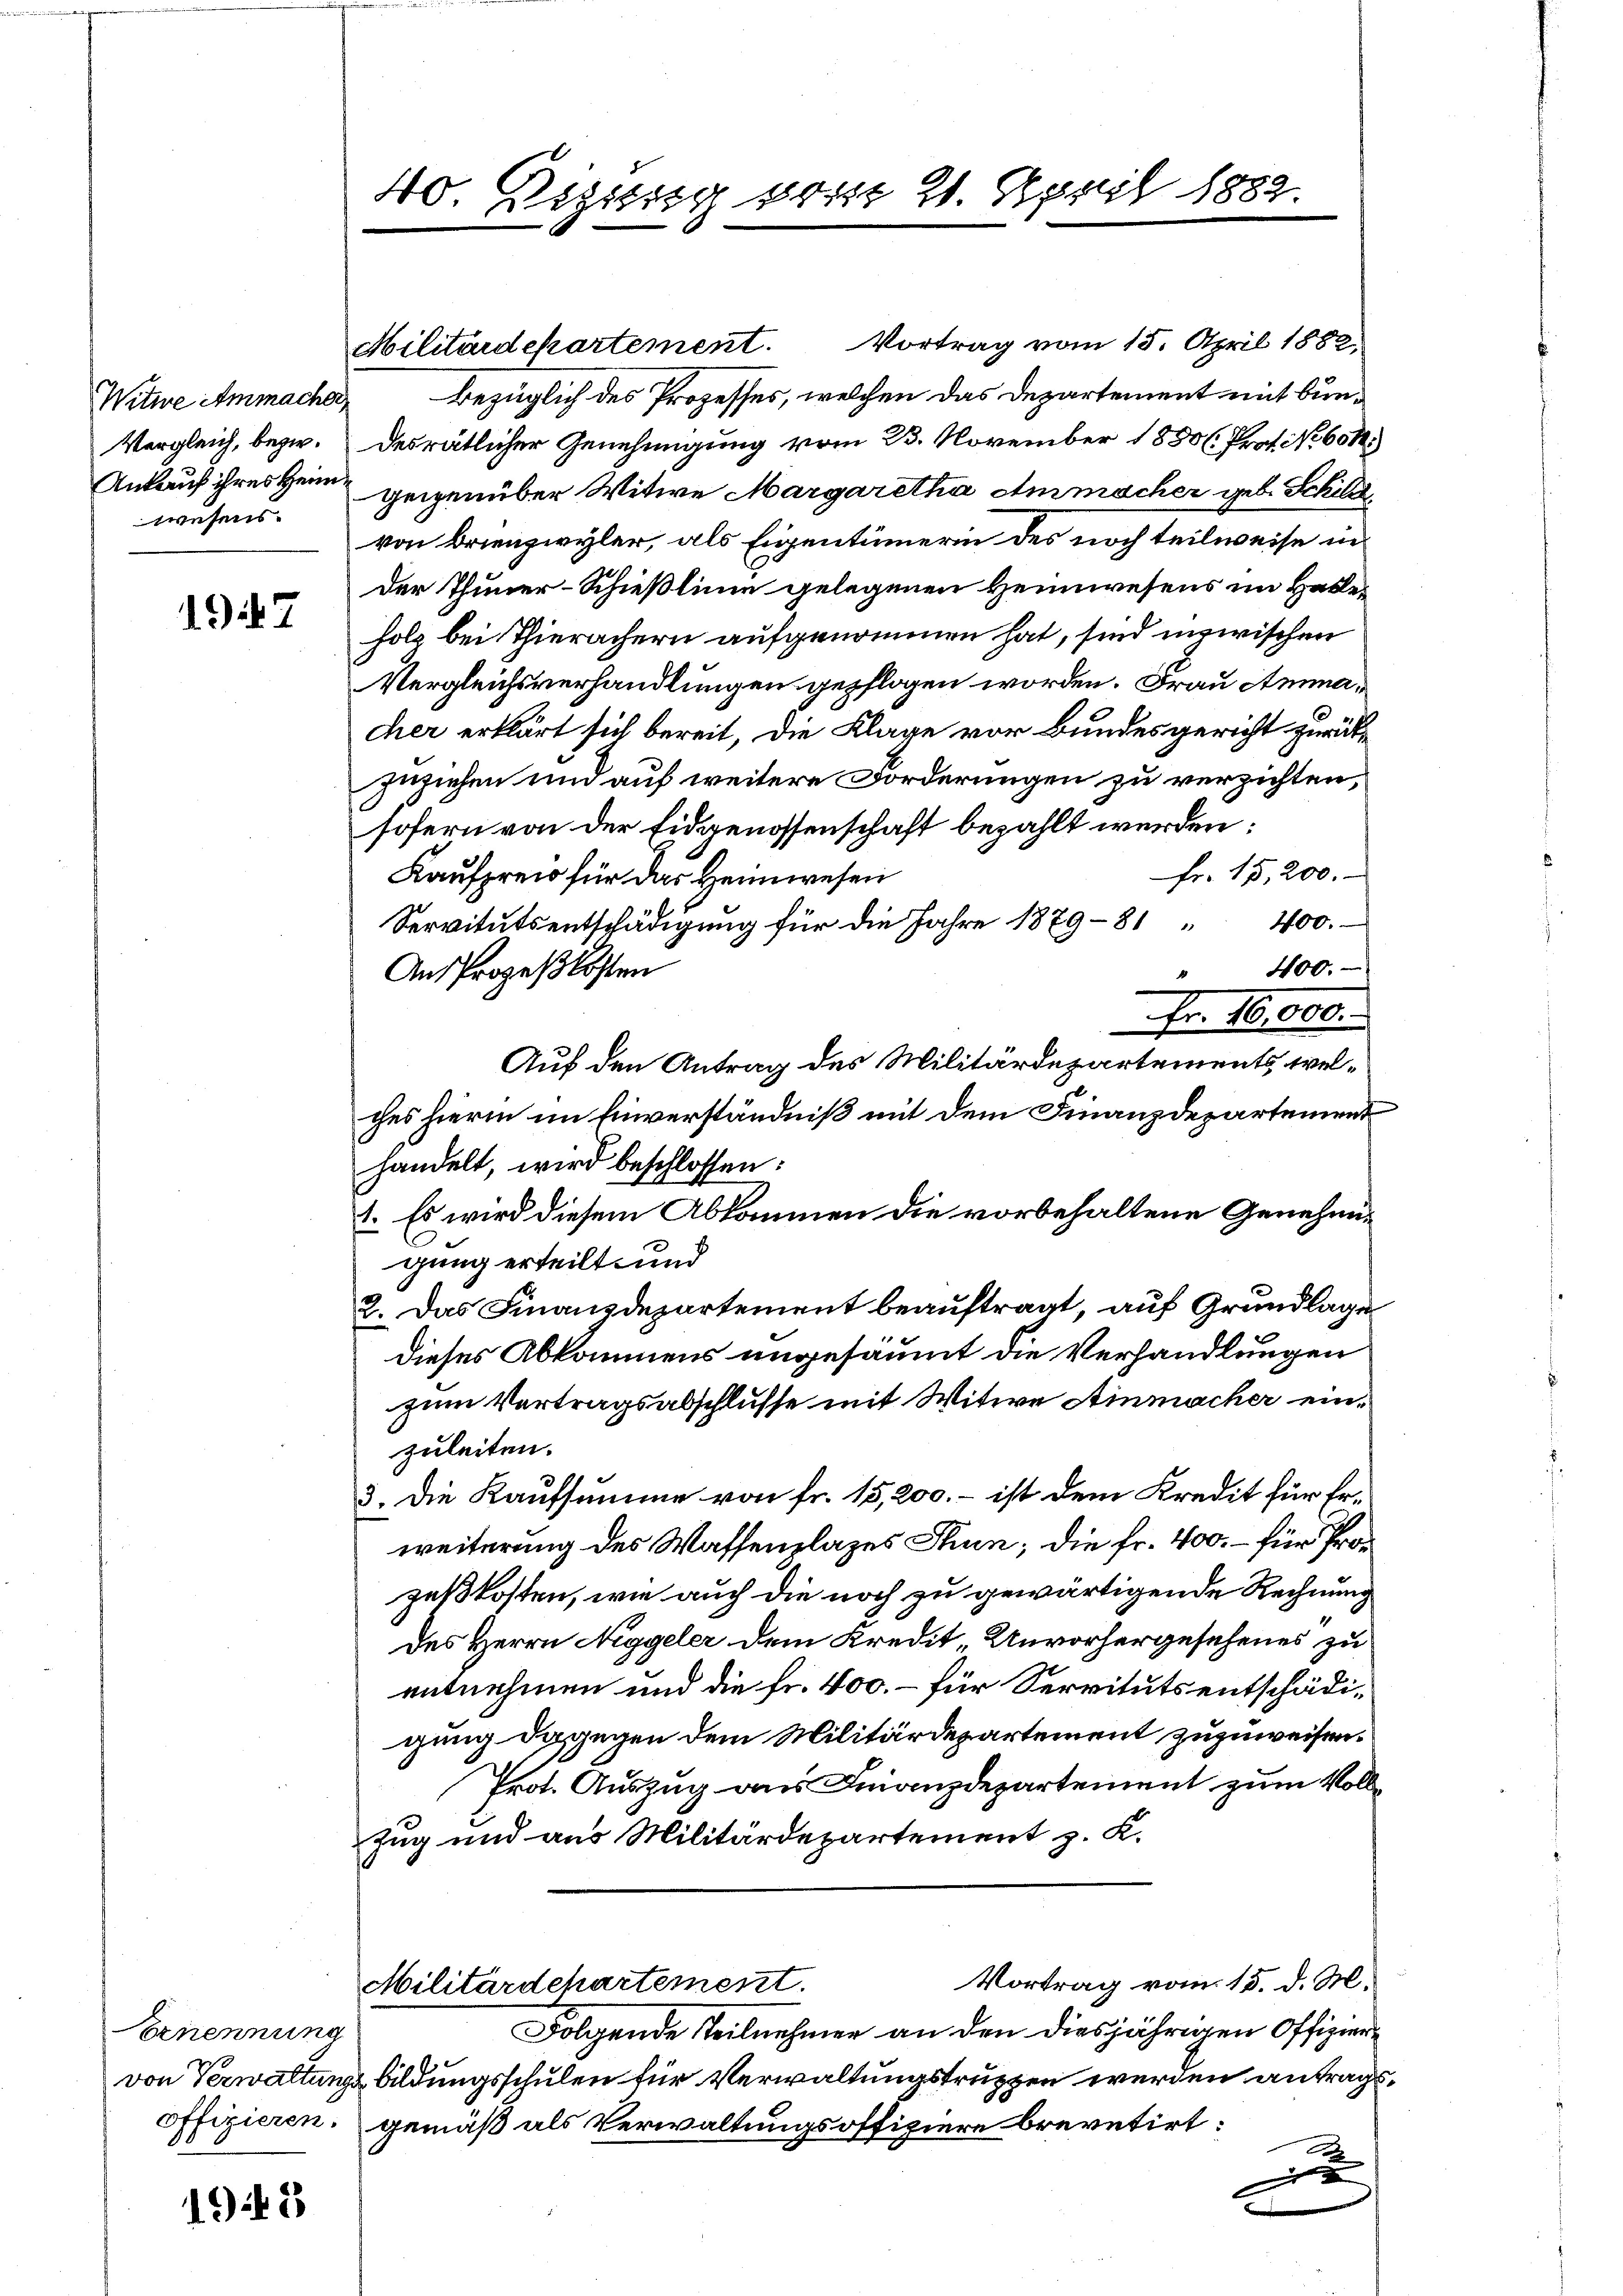
Wune Ammacher
Vergleich, bezw.
Ankauf ihres Heimwesens.

1947

Ernennung
offizieren.

192

40. Rigissig von 21. April 1882

Militärdepartement. Vortrag vom 15. April 1882,
bezüglich des Prozesses, welchen das Departement mit bundesrätlicher Genehmigung vom 23. November 1850. Prof. No. 601.)
geigenüber Witwe Margaretha Ammacher geb. Schild
von Brienzwyler, als Eigentümerin des noch teilweise in
der Thuner-Schießlinie gelegenen Heimwesens im Halleholz bei Thierächern aufgenommen hat, sind inzwischen
Vergleichsverhandlungen gepflogen worden. Frau Ammacher erklärt sich bereit, die Klage vor Bundesgericht zurücks
zuziehen und auf weitere Forderungen zu verzichten,
sofern von der Eidgenossenschaft bezahlt werden:
Fr. 15,200.
Kaufpreis für das Heimwesen
400.
Servitutsentschädigung für die Jahre 1879—81
400.
Ans Prozeßkosten
4
Fr. 16,000.
Auf den Antrag des Militärdepartements, welches hierin im Einverständniß mit dem Finanzdepartement
handelt, wird beschlossen:
1. Es wird diesem Abkommen die vorbehaltene Genehmigung erteilt, und
2. Das Finanzdepartement beauftragt, auf Grundlage
dieses Abkommens ungesäumt die Verhandlungen
zum Vertragsabschlusse mit Witwe Ainmacher einzuleiten.
5. Die Kaufsumme von fr. 15,200. – ist dem Kredit für Erweiterung des Waffenplazes Thun; die Fr. 400. – für Prozeßkosten, wie auch die noch zu gewärtigende Rechnung
des Herrn Niggeler dem Kredit, Unvorhergesehenes zu
entnehmen und die Fr. 400.- für Servituts entschädigung dagegen dem Militärdepartement zuzuweisen.
Prot. Auszug aus Finanzdepartement zum Voll¬
Zug und aus Militärdepartement z. K.
Vortrag vom 15. d. M.
Militärdepartement.
Folgende Teilnehmer an den diesjährigen Offiziervon Verwaltungs bildungsschulen für Verwaltungstruppen werden antragsgemäß als Verwaltungsoffiziere brevetirt:
F